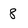
Character: 8